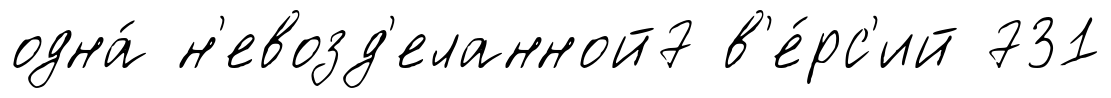
одна́ н'евозд'еланной7 в'е́рс'ий 731